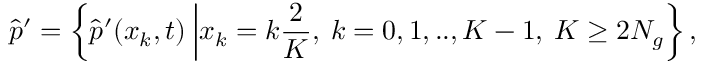
\hat { p } ^ { \prime } = \left\{ \hat { p } ^ { \prime } ( x _ { k } , t ) \: \middle \vert x _ { k } = k \frac { 2 } { K } , \: k = 0 , 1 , . . , K - 1 , \: K \geq 2 N _ { g } \right\} ,